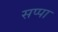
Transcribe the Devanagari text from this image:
सप्पा